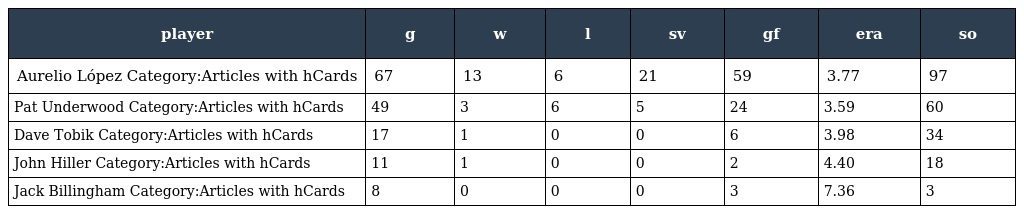
| player | g | w | l | sv | gf | era | so |
 | --- | --- | --- | --- | --- | --- | --- | --- |
 | Aurelio López Category:Articles with hCards | 67 | 13 | 6 | 21 | 59 | 3.77 | 97 |
 | Pat Underwood Category:Articles with hCards | 49 | 3 | 6 | 5 | 24 | 3.59 | 60 |
 | Dave Tobik Category:Articles with hCards | 17 | 1 | 0 | 0 | 6 | 3.98 | 34 |
 | John Hiller Category:Articles with hCards | 11 | 1 | 0 | 0 | 2 | 4.40 | 18 |
 | Jack Billingham Category:Articles with hCards | 8 | 0 | 0 | 0 | 3 | 7.36 | 3 |